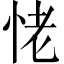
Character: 恅